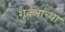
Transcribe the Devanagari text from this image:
शुक्लांच्या